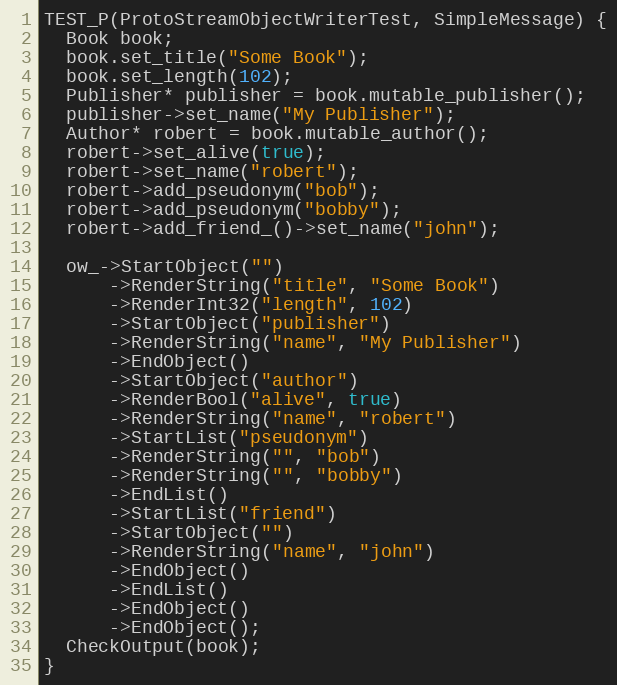
Language: C++
TEST_P(ProtoStreamObjectWriterTest, SimpleMessage) {
  Book book;
  book.set_title("Some Book");
  book.set_length(102);
  Publisher* publisher = book.mutable_publisher();
  publisher->set_name("My Publisher");
  Author* robert = book.mutable_author();
  robert->set_alive(true);
  robert->set_name("robert");
  robert->add_pseudonym("bob");
  robert->add_pseudonym("bobby");
  robert->add_friend_()->set_name("john");

  ow_->StartObject("")
      ->RenderString("title", "Some Book")
      ->RenderInt32("length", 102)
      ->StartObject("publisher")
      ->RenderString("name", "My Publisher")
      ->EndObject()
      ->StartObject("author")
      ->RenderBool("alive", true)
      ->RenderString("name", "robert")
      ->StartList("pseudonym")
      ->RenderString("", "bob")
      ->RenderString("", "bobby")
      ->EndList()
      ->StartList("friend")
      ->StartObject("")
      ->RenderString("name", "john")
      ->EndObject()
      ->EndList()
      ->EndObject()
      ->EndObject();
  CheckOutput(book);
}